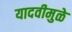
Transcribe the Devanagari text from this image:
यादवीमुळे